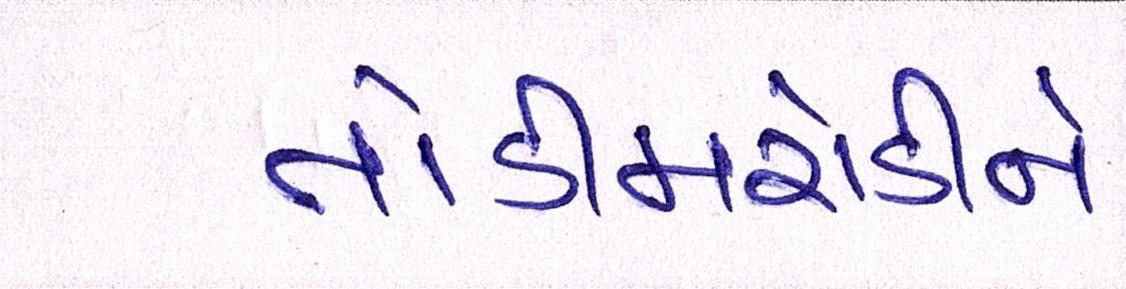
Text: તોડીમરોડીને